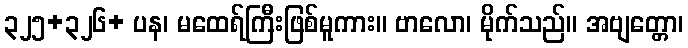
၃၂၅+၃၂၆+ ပန၊ မထေရ်ကြီးဖြစ်မူကား။ ဗာလော၊ မိုက်သည်။ အဗျတ္တော၊